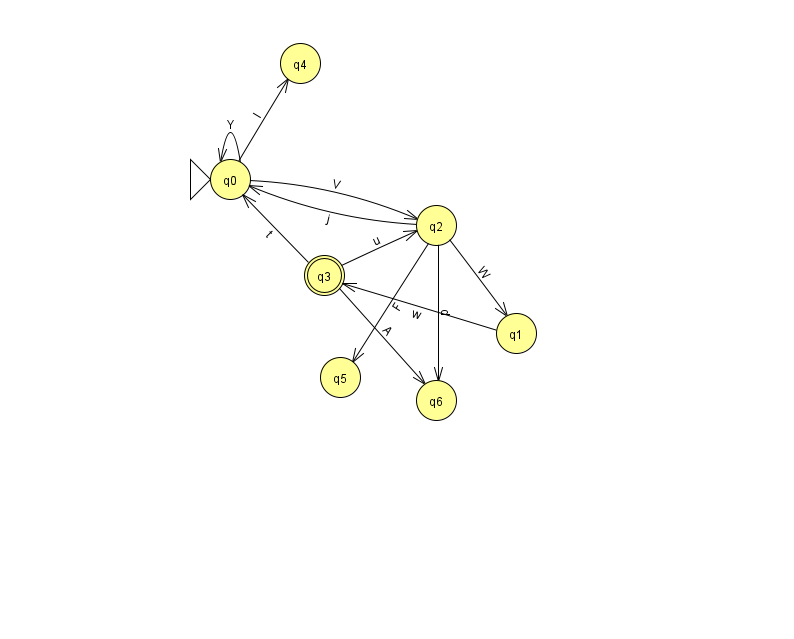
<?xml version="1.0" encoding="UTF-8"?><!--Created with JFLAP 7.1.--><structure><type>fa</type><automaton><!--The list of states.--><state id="0" name="q0"><x>230.0</x><y>166.0</y><initial/></state><state id="1" name="q1"><x>516.0</x><y>320.0</y></state><state id="2" name="q2"><x>436.0</x><y>212.0</y></state><state id="3" name="q3"><x>324.0</x><y>262.0</y><final/></state><state id="4" name="q4"><x>300.0</x><y>50.0</y></state><state id="5" name="q5"><x>340.0</x><y>364.0</y></state><state id="6" name="q6"><x>436.0</x><y>387.0</y></state><!--The list of transitions.--><transition><from>3</from><to>6</to><read>A</read></transition><transition><from>2</from><to>5</to><read>F</read></transition><transition><from>2</from><to>0</to><read>j</read></transition><transition><from>3</from><to>2</to><read>u</read></transition><transition><from>2</from><to>6</to><read>d</read></transition><transition><from>0</from><to>0</to><read>Y</read></transition><transition><from>0</from><to>2</to><read>V</read></transition><transition><from>3</from><to>0</to><read>t</read></transition><transition><from>0</from><to>4</to><read>I</read></transition><transition><from>1</from><to>3</to><read>w</read></transition><transition><from>2</from><to>1</to><read>W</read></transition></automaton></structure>